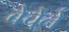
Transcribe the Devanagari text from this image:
बेचेने